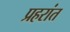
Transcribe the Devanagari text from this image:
प्रहरांत